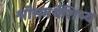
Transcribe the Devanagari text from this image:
श्रीसमर्थशिष्य